Scottish Leaving Certificate Examination, 1958
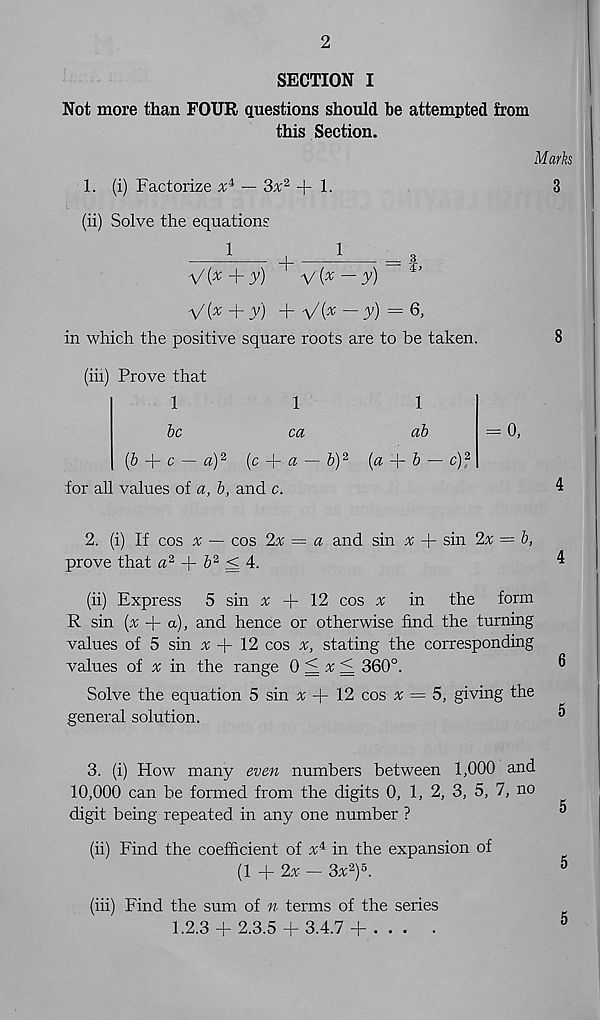
2
SECTION I
Not more than FOUR questions should he attempted from
this Section.
1. (i) Factorize x i — 'ix 2 + 1.
(ii) Solve the equations
Marks
3
1
1 1
3
V( x + y) + Vi x — y) = Q >
in which the positive square roots are to be taken.
8
(iii) Prove that
1
be
ca
1
1
ab
= 0
(b
c — a) 2 (c
a — b) 2 (a + 6 — c) 2
for all values of a, b, and c.
2. (i) If cos ^ — cos 2x — a and sin x + sin 2x = b,
prove that a 2 + 6 2 ^ 4.
(ii) Express
5 sin % + 12 cos a; in
the form
R sin [x + a), and hence or otherwise find the turning
values of 5 sin ^ + 12 cos
stating the corresponding
values of x in the range 0 < # < 360°.
Solve the equation 5 sin % + 12 cos x = 5, giving the
general solution.
3. (i) How many even numbers between 1,000 and
10,000 can be formed from the digits 0, 1, 2, 3, 5, 7, no
digit being repeated in any one number ?
(ii) Find the coefficient of x* in the expansion of
(1 + 2% - 3x 2 ) 5 .
(iii) Find the sum of n terms of the series
1.2.3 + 2.3.5 + 3.4.7+ .. .
.
5
5